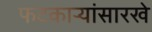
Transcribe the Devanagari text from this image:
फटकाऱ्यांसारखे